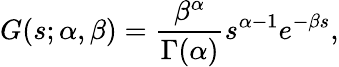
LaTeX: G(s;\alpha,\beta)=\frac{\beta^{\alpha}}{\Gamma(\alpha)}s^{\alpha-1}e^{-\beta s},